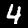
Digit: 4